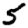
Digit: 5